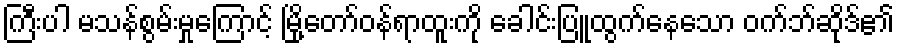
ကြီးပါ မသန်စွမ်းမှုကြောင့် မြို့တော်ဝန်ရာထူးကို ခေါင်းပြူထွက်နေသော ဝက်ဘ်ဆိုဒ်၏